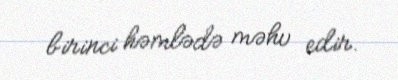
birinci həmlədə məhv edir.